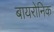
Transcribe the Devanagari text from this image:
बायरोनिक